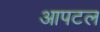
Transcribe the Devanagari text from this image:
आपटल